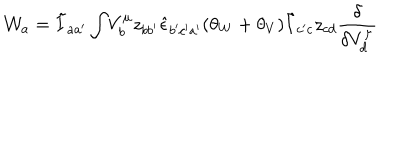
{ \cal W } _ { a } = \tilde { I } _ { a a ^ { \prime } } \int \! V _ { b } ^ { \mu } z _ { b b ^ { \prime } } \hat { \epsilon } _ { b ^ { \prime } c ^ { \prime } a ^ { \prime } } ( \theta _ { W } + \theta _ { V } ) \tilde { I } _ { c ^ { \prime } c } z _ { c d } \frac { \delta } { \delta V _ { d } ^ { \mu } }